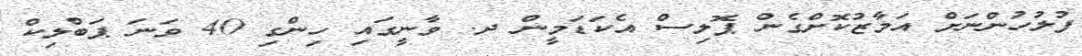
ފުލުހުންނަށް އަމާޒުކޮށްގެން ޕޮލިސް އެކަޑަމީން ދ. ވާނީގައި ހިންގި 40 ވަނަ ޕަބްލިކް